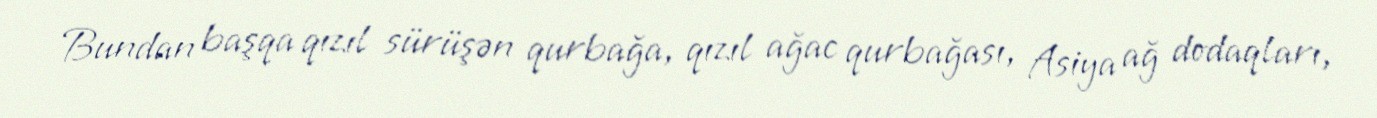
Bundan başqa qızıl sürüşən qurbağa, qızıl ağac qurbağası, Asiya ağ dodaqları,